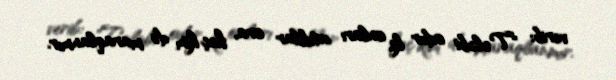
verib: "Tələbi odur ki, onları atıblar ora, heç kim də maraqlanmır.